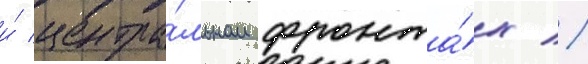
и́ центра́льном фронта́х //